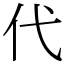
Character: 代